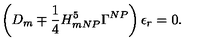
\left( D _ { m } \mp \frac { 1 } { 4 } H _ { m N P } ^ { 5 } \Gamma ^ { N P } \right) \epsilon _ { r } = 0 .